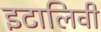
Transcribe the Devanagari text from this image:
इटालिवी